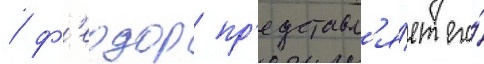
/ ф'еодор пр'едставл'я́ет его́